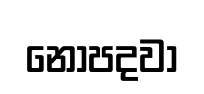
නොපදවා